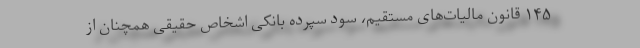
۱۴۵ قانون مالیات‌های مستقیم، سود سپرده بانکی اشخاص حقیقی همچنان از